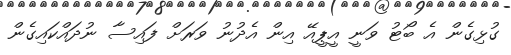
ގުޅިގެން އެ ބޯޓު ވަނީ އީޕީއޭ އިން އެދުނު ވަރަށް ފައިސާ ނުދައްކައިގެން